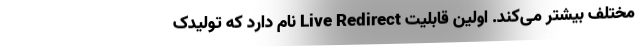
مختلف بیشتر می‌کند. اولین قابلیت Live Redirect نام دارد که تولیدک